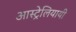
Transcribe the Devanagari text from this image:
आस्ट्रेलियायी